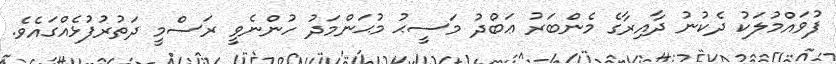
ފުވައްމުލަކު ދެކުނު ދާއިރާގެ މެންބަރު ޢަބްދު މަސީޙު މުޙަންމަދު ހުންނެވީ ރަސްމީ ދަތުރުފުޅެއްގައެވެ.